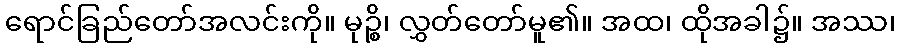
ရောင်ခြည်တော်အလင်းကို။ မုဉ္စိ၊ လွှတ်တော်မူ၏။ အထ၊ ထိုအခါ၌။ အဿ၊